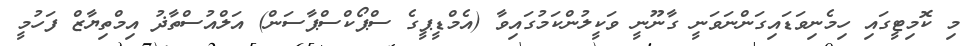
މި ކޮމިޓީގައި ހިމެނިވަޑައިގަންނަވަނީ ގާނޫނީ ވަކީލުންކަމުގައިވާ (އެމްޑީޕީގެ ސްޕޯކްސްޕާސަން) އަލްއުސްތާޛު އިމްތިޔާޒް ފަހުމީ